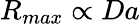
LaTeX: R_{max}\propto Da